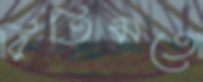
রিতিমতো